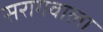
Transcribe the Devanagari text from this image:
सरागवाला